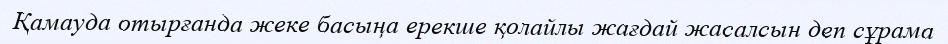
Қамауда отырғанда жеке басыңа ерекше қолайлы жағдай жасалсын деп сұрама